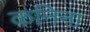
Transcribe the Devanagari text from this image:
कनिना